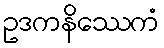
ဥဒကနိဿေကံ